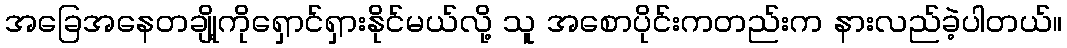
အခြေအနေတချို့ကိုရှောင်ရှားနိုင်မယ်လို့ သူ အစောပိုင်းကတည်းက နားလည်ခဲ့ပါတယ်။